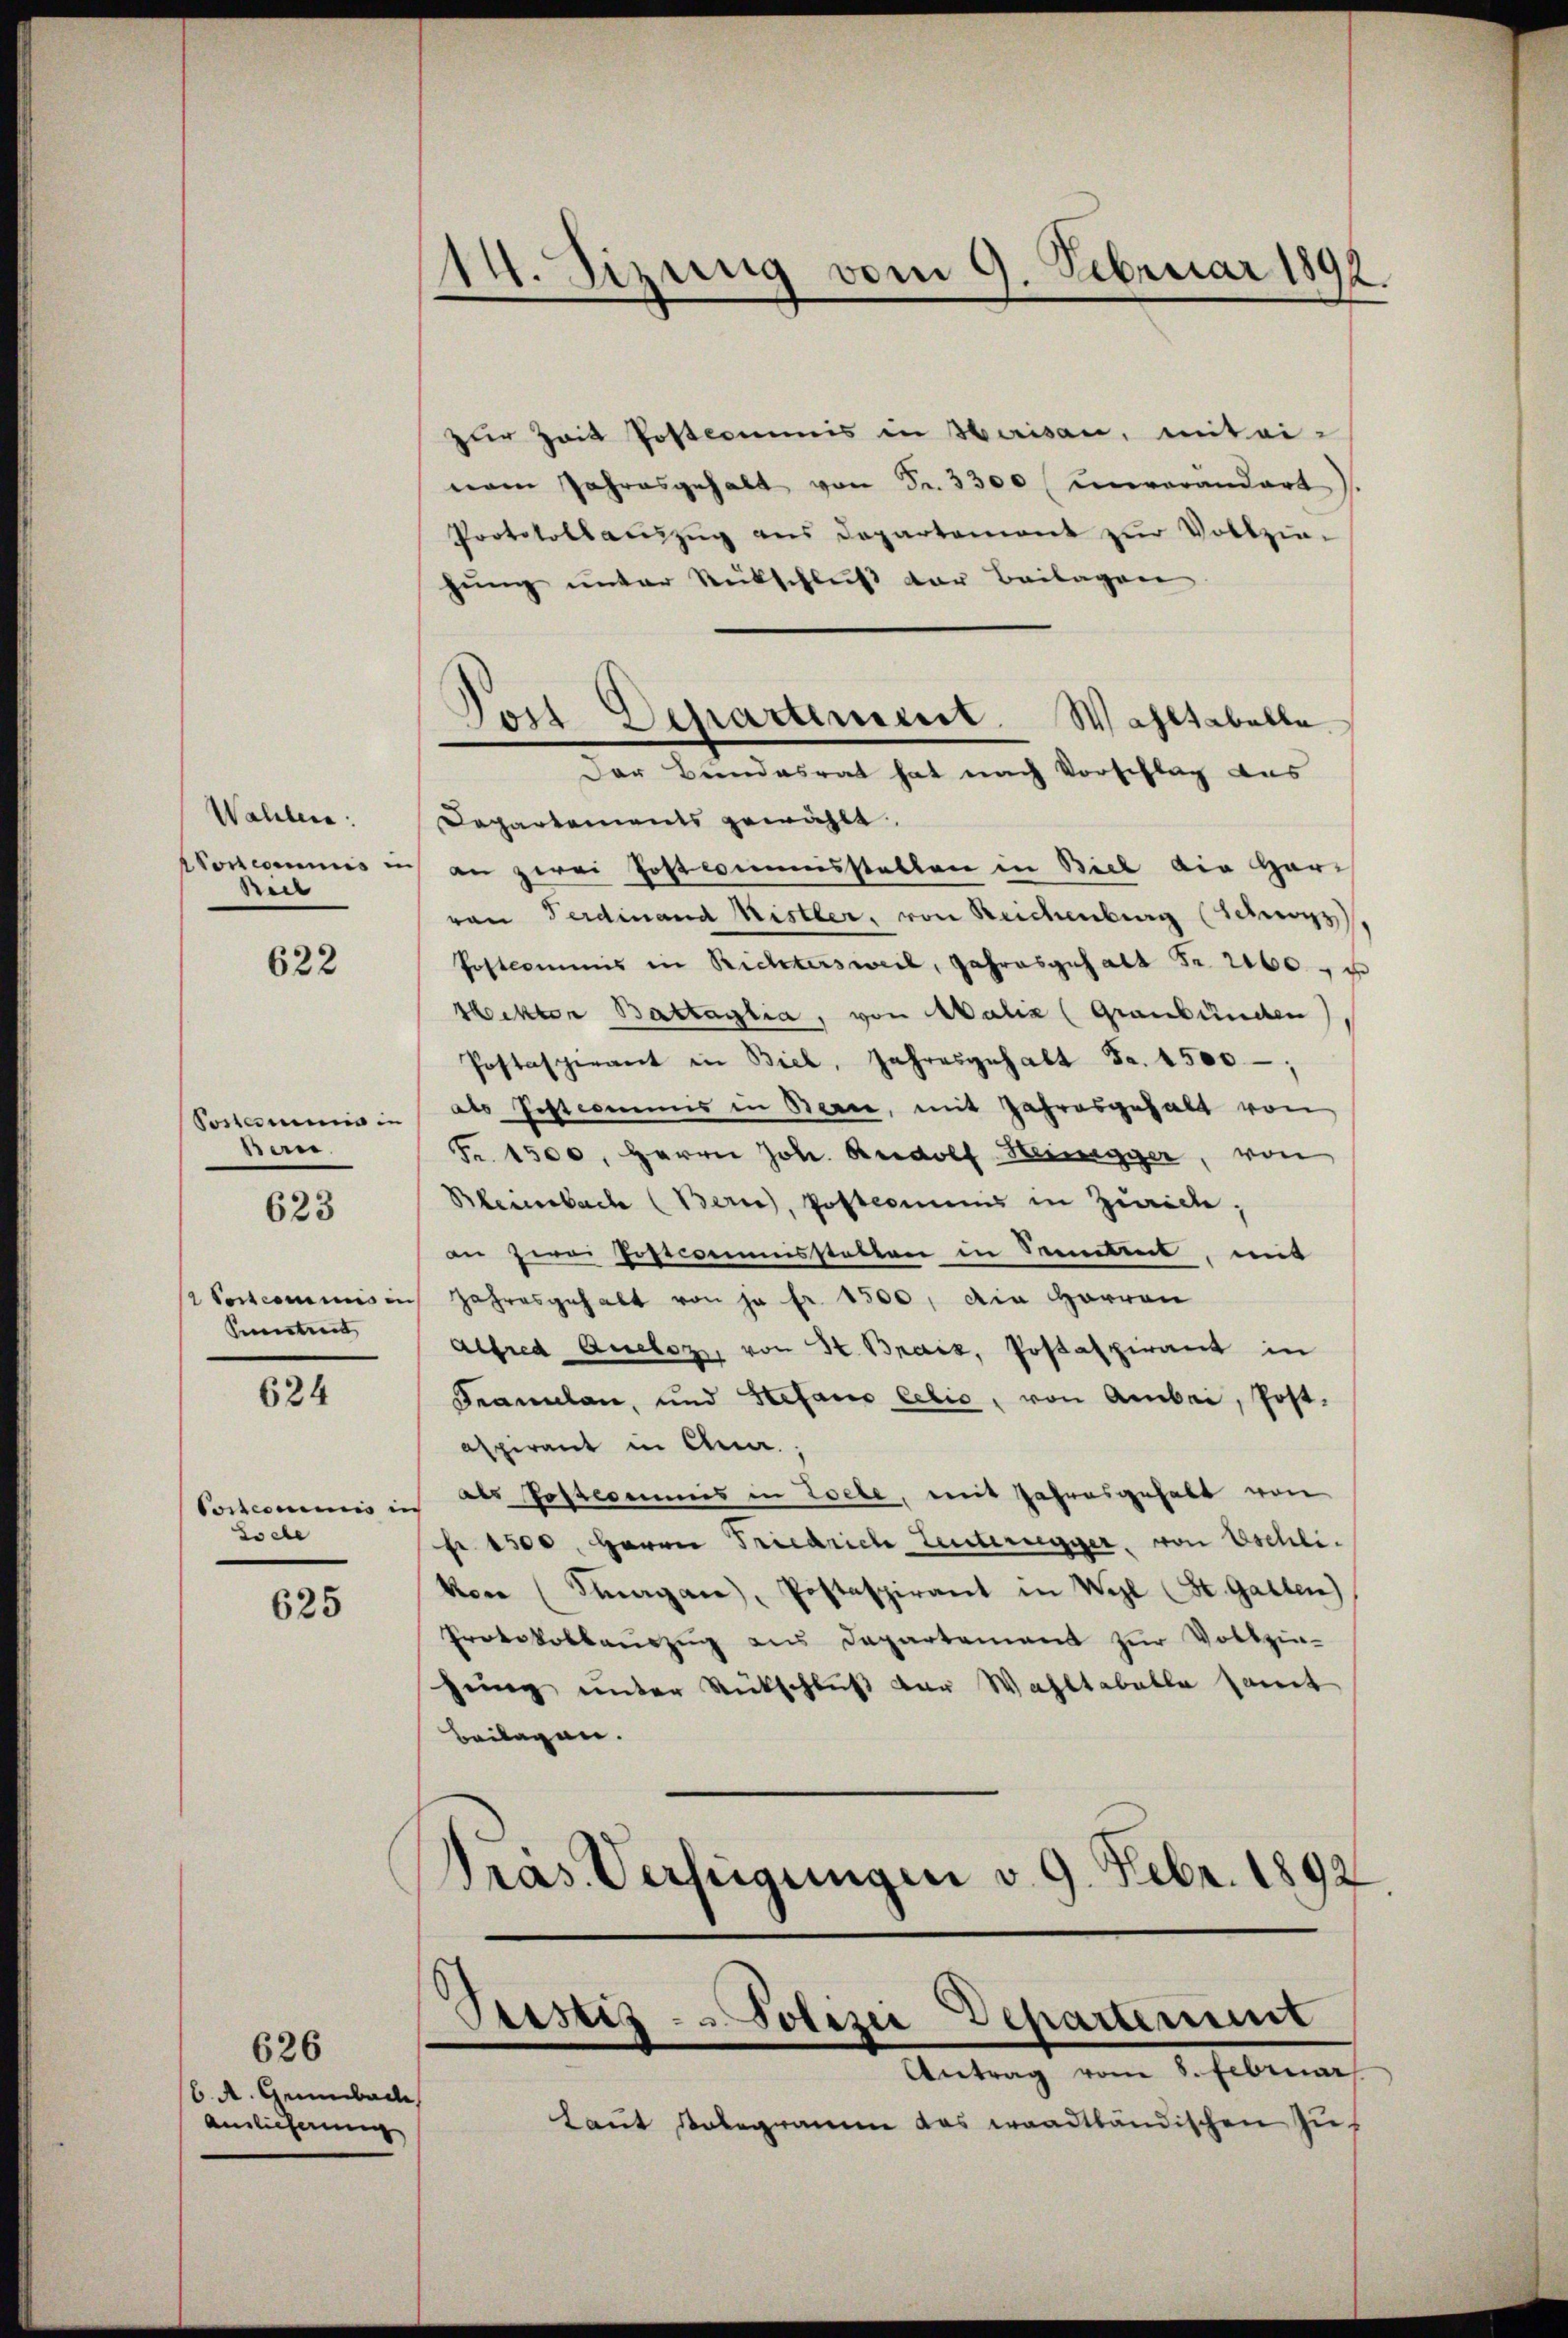
Wahlen.
den

622

Ban.

623

Suentiert

624

Cortesimis in
Tocle

625

626
/6. A. Gummibach
Auslieferung

14. Sizung vom 9. Februar 1892.

zur Zeit Postcommis in Herisau, mit einem Jahresgehalt von Fr. 3300 (unverändert).
Protokollauszug aus Departement zur Vollziehung unter Rückschluß der Beilagen
Departements gewählt.
onscommis in an zwei Postcommisstatten in Biel die Horvon Ferdinand Mistler, von Reichenburg (Schwyz)
Postcommis in Richtersweil, Jahresgehalt Fr. 2160
Hektor Battaglia, von Malia (Graubünden
Postaspirant in Biel, Jahresgehalt Fr. 1500,
Postemmnis in als Jostcommis in Berne, mit Jahresgehalt von
Fr. 1500. Herrn Joh. Rudolf Steinegger, von
Rheinebach (Bern), Postcommis in Zürich,
an zwei Postcommisstatten in Seitet, mit
 Postcommis in Jahresgehalt von je fr. 1500, die Herren
Alfred Queloz, von St. Brais, Postaspirant in
Famulan, und Stefans lebis, von Anbei, Post-
aspirant in Clua;
als Postcommis in Zoele, mit Jahresgehabt von
fr 1500. Herrn Friedrich Leuternegger, von Eschlikon (Stagane, Postaspirant in Wyl (St. Gallen)
Protokollaŭszŭg aus Departement zŭr Vollzin-
fung unter Rückschluß der Wahltabelle samt
beilagen.
Pras. Verfügungen v. 9. Febr. 1892.

Pois Departement. Wahltabelle
Der Bundesrat hat nach Vorschlag aus

Peiseis - Polizei Departement
Antrag vom 8. Februar

laut Polegramm das waadtländischen Zuf